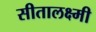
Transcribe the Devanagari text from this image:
सीतालक्ष्मी